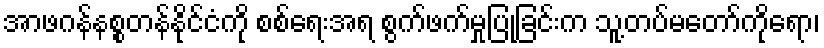
အာဖဂန်နစ္စတန်နိုင်ငံကို စစ်ရေးအရ စွက်ဖက်မှုပြုခြင်းက သူ့တပ်မတော်ကိုရော၊